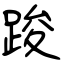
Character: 踆